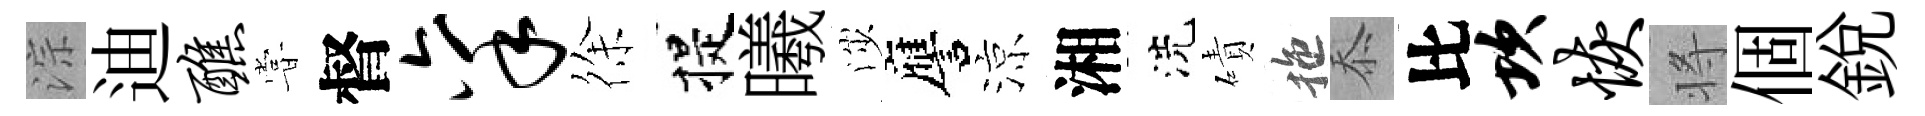
淙迪醮甞督禀徐提曦渉譍涼湘洗磧拖忝比坎恢将個銳